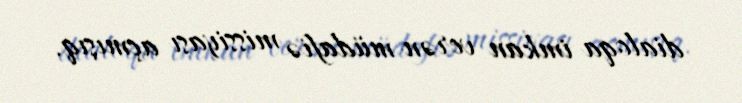
dialoqa imkan verən müdafiə missiyası açmışıq.